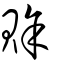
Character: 賖